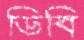
ডিবি